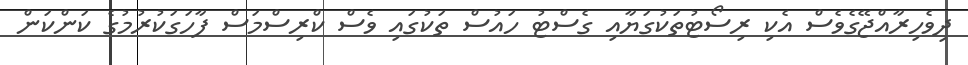
ދިވެހިރާއްޖޭގެވެސް އެކި ރިސޯޓުތަކުގަޔާއި ގެސްޓު ހައުސް ތަކުގައި ވެސް ކްރިސްމަސް ފާހަގަކުރުމުގެ ކަންކަން